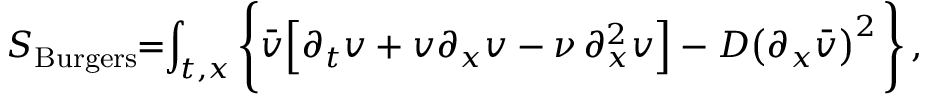
{ \cal S } _ { \mathrm { B u r g e r s } } \! \! = \! \! \int _ { t , x } \Bigg \{ \bar { v } { \Big [ \partial _ { t } v + v \partial _ { x } v - \nu \, \partial _ { x } ^ { 2 } v \Big ] } - { { \cal D } \big ( \partial _ { x } \bar { v } \big ) ^ { 2 } } \, \Bigg \} \, ,